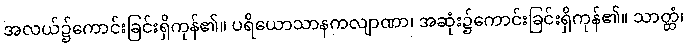
အလယ်၌ကောင်းခြင်းရှိကုန်၏။ ပရိယောသာနကလျာဏာ၊ အဆုံး၌ကောင်းခြင်းရှိကုန်၏။ သာတ္ထံ၊